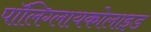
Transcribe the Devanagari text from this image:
पॉलिग्लायकोलाइड